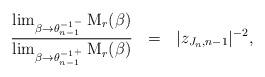
LaTeX: \begin{align*}\frac{\lim_{\beta \to \theta_{n-1}^{{-1}^{\mbox{}\, -}}}{\rm M}_{r}(\beta)}{\lim_{\beta \to \theta_{n-1}^{{-1}^{\mbox{}\, +}}}{\rm M}_{r}(\beta)} ~~=~~ |z_{J_n, n-1}|^{-2},\end{align*}